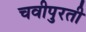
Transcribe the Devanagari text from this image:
चवीपुरती